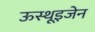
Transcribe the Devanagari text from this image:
ऊस्थूइजेन